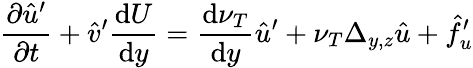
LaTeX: \frac{\partial\hat{u}^{\prime}}{\partial t}+\hat{v}^{\prime}\frac{\mathrm{d}U}{\mathrm{d}y}=\frac{\mathrm{d}\nu_{T}}{\mathrm{d}y}\hat{u}^{\prime}+\nu_{T}\Delta_{y,z}\hat{u}+\hat{f}_{u}^{\prime}